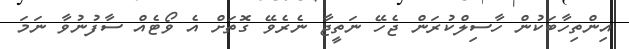
އިންތިހާބަކުން ހާސިލްކުރަން ޖެހޭ ނަތީޖާ ނެރެވޭ ގޮތަށް އެ ވޯޓެއް ސާފުނުވާ ނަމަ